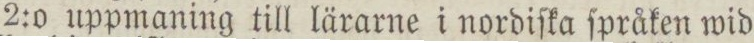
2:0 uppmaning till lärarne i nordiſka ſpråken wid